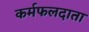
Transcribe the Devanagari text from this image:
कर्मफलदाता